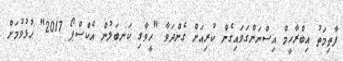
ފާތިމަތު އިބްރާހީމް އިސްނަންގަވައިގެން ކުރިއަށް ގެންދަވާ "ހީވާގި ކަނބަލުން އެކްސްޕޯ 2017" ހުޅުވުމަށް